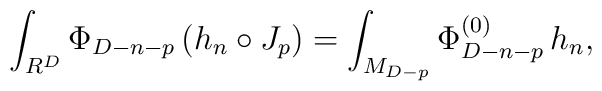
\int_{R^D}\Phi_{D-n-p}\,(h_n\circ J_p)=\int_{M_{D-p}}\Phi_{D-n-p}^{(0)}\,h_n,